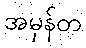
အမှန်တ